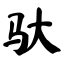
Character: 驮